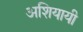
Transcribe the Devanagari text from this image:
अशियायी